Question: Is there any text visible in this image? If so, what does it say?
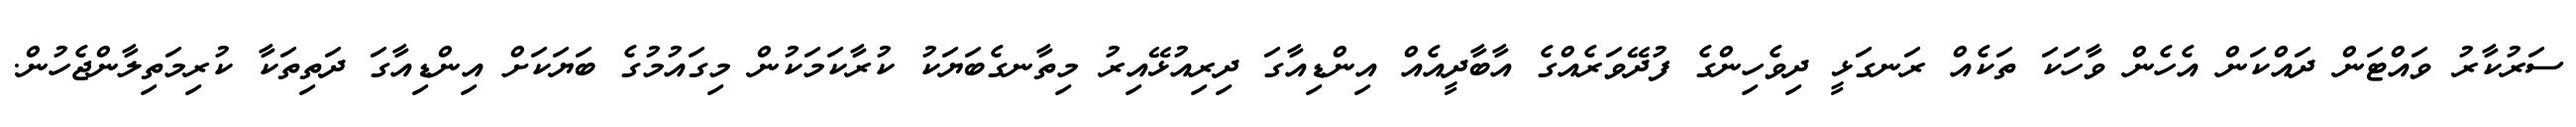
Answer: ސަރުކާރު ވައްޓަން ދައްކަން އެހެން ވާހަަކަ ތަކެއް ރަނގަޅީ ދިވެހިންގެ ފުދޭވަރެއްގެ އާބާދީއެއް އިންޑިއާގަ ދިރިއުޅޭއިރު މިތާނގެބަޔަކު ކުރާކަމަކުން މިގައުމުގެ ބަޔަކަށް އިންޑިއާގަ ދަތިތަކާ ކުރިމަތިލާންޖެހުން.